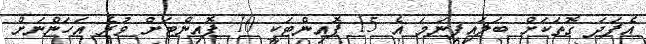
އެފަދަ ގޮތަކަށް ބަލައިފިނަމަ އެ 15 ޕޮއިންޓަކީ 10 ޕޮއިންޓަށް ވުރެ އަހަންނަށް